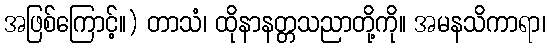
အဖြစ်ကြောင့်။) တာသံ၊ ထိုနာနတ္တသညာတို့ကို။ အမနသိကာရာ၊